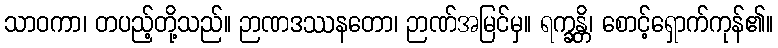
သာဝကာ၊ တပည့်တို့သည်။ ဉာဏဒဿနတော၊ ဉာဏ်အမြင်မှ။ ရက္ခန္တိ၊ စောင့်ရှောက်ကုန်၏။